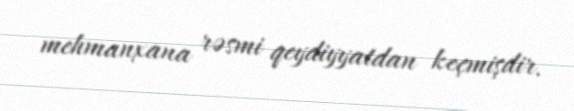
mehmanxana rəsmi qeydiyyatdan keçmişdir.